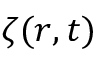
\zeta ( r , t )